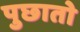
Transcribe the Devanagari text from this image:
पुछातो